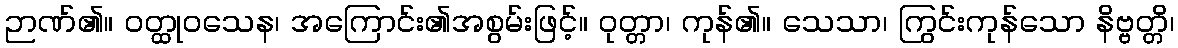
ဉာဏ်၏။ ဝတ္ထုဝသေန၊ အကြောင်း၏အစွမ်းဖြင့်။ ဝုတ္တာ၊ ကုန်၏။ သေသာ၊ ကြွင်းကုန်သော နိဗ္ဗတ္တိ၊